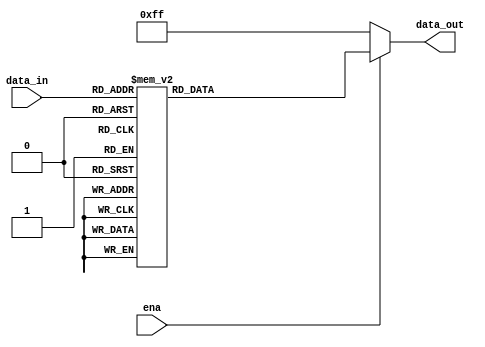
`timescale 1ns / 1ps
//////////////////////////////////////////////////////////////////////////////////
// Company: 
// Engineer: 
// 
// Design Name: 
// Module Name:    decoder 
// Project Name: 
// Target Devices: 
// Tool versions: 
// Description: 
//
// Dependencies: 
//
// Revision: 
// Revision 0.01 - File Created
// Additional Comments: 
//
//////////////////////////////////////////////////////////////////////////////////
module decoder(
    input [2:0] data_in,
    input ena,
    output reg [7:0] data_out
    );
always @ (ena or data_in)
begin
if (ena == 1)
case (data_in)
3'b000:
data_out = 8'b11111110;
3'b001:
data_out = 8'b11111101;
3'b010:
data_out = 8'b11111011;
3'b011:
data_out = 8'b11110111;
3'b100:
data_out = 8'b11101111;
3'b101:
data_out = 8'b11011111;
3'b110:
data_out = 8'b10111111;
3'b111:
data_out = 8'b01111111;
endcase
else
data_out = 8'b11111111;
end


endmodule